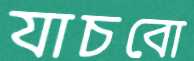
যাচবো